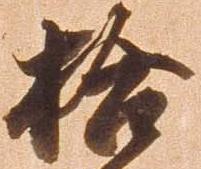
拾